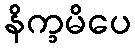
နိက္ခမိပေ